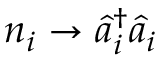
n _ { i } \rightarrow \hat { a } _ { i } ^ { \dagger } \hat { a } _ { i }